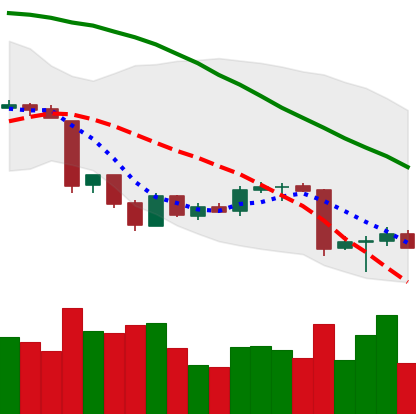
Ticker: BTC-USD
Chart end date: 2018-06-26
Forward return: 4.794%
Label: up_3_5